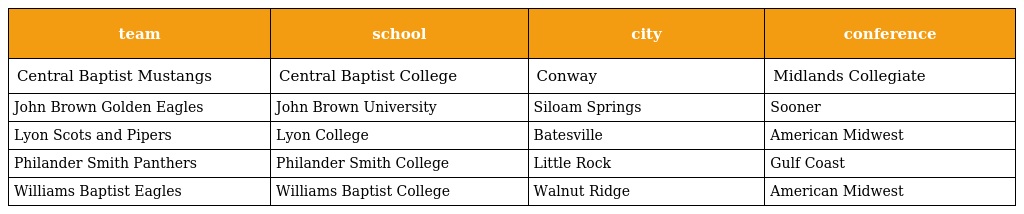
| team | school | city | conference |
 | --- | --- | --- | --- |
 | Central Baptist Mustangs | Central Baptist College | Conway | Midlands Collegiate |
 | John Brown Golden Eagles | John Brown University | Siloam Springs | Sooner |
 | Lyon Scots and Pipers | Lyon College | Batesville | American Midwest |
 | Philander Smith Panthers | Philander Smith College | Little Rock | Gulf Coast |
 | Williams Baptist Eagles | Williams Baptist College | Walnut Ridge | American Midwest |